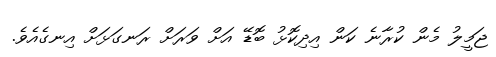
ޖަމީލު މެން ކުރާނެ ކަން އިދިކޮޅު ބޮޑޭ އަށް ވަރަށް ރަނގަޅަށް އިނގެއެވެ.